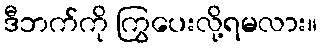
ဒီဘက်ကို ကြွပေးလို့ရမလား။